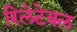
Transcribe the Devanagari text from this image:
रिलेटेबल